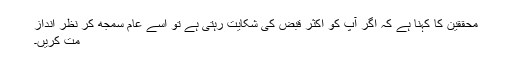
محققین کا کہنا ہے کہ اگر آپ کو اکثر قبض کی شکایت رہتی ہے تو اسے عام سمجھ کر نظر انداز
مت کریں۔